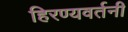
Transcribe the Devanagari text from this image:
हिरण्यवर्तनी